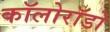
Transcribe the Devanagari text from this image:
कॉलोरॉडो